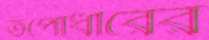
তপোধীরের